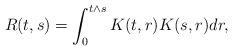
LaTeX: \begin{align*}R(t,s)=\int_{0}^{t\wedge s}K(t,r)K(s,r)dr,\end{align*}